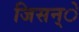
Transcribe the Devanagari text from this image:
जिसन्े